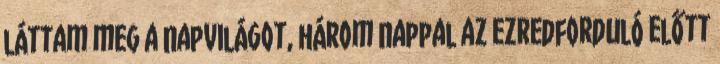
láttam meg a napvilágot, három nappal az ezredforduló előtt